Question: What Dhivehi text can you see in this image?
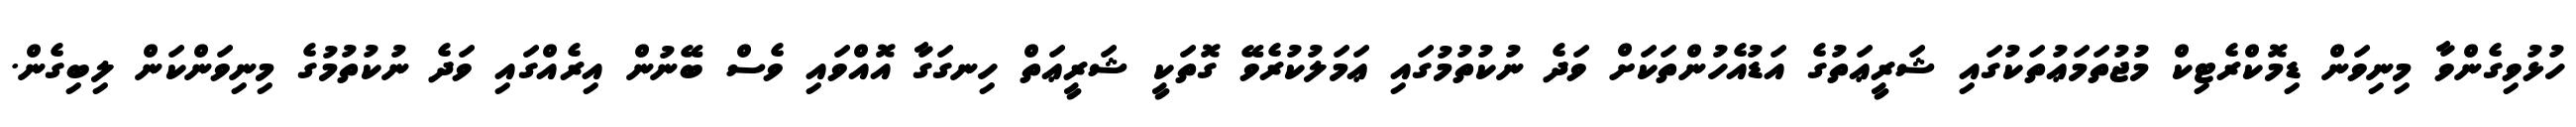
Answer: ހުޅުވިގެންވާ މިނިވަން ޑިމޮކްރެޓިކް މުޖުތަމަޢުތަކުގައި ޝަރީޢަތުގެ އަޑުއެހުންތަކަށް ވަދެ ނުކުތުމުގައި ޢަމަލުކުރެވޭ ގޮތަކީ ޝަރީޢަތް ހިނގަގާ އޮއްވައި ވެސް ބޭނުން އިރެއްގައި ވަދެ ނުކުތުމުގެ މިނިވަންކަން ލިބިގެން.